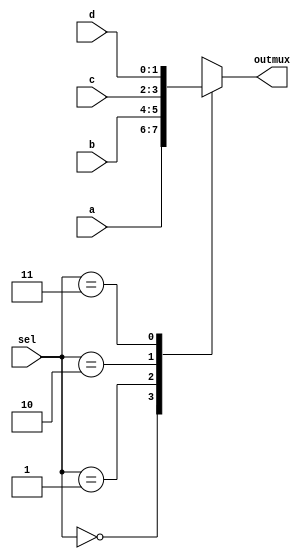
// Multiplexer using case statement 
module mux4 (sel, a, b, c, d, outmux);
input [1:0] sel;
input [1:0] a, b, c, d;
output [1:0] outmux;
reg [1:0] outmux;

always @ *
   begin 
	   case(sel)
		  2'b00 : outmux = a;
      2'b01 : outmux = b;
      2'b10 : outmux = c;
      2'b11 : outmux = d;
     endcase
   end 
endmodule